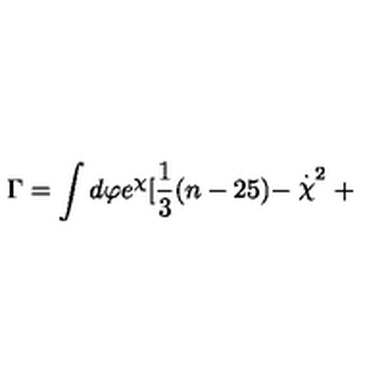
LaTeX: \Gamma = \int d \varphi e ^ { \chi } [ \frac { 1 } { 3 } ( n - 2 5 ) - \stackrel { . } { \chi } ^ { 2 } +